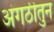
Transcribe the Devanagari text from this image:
अंगठीतुन